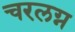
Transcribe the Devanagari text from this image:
चरलग्न